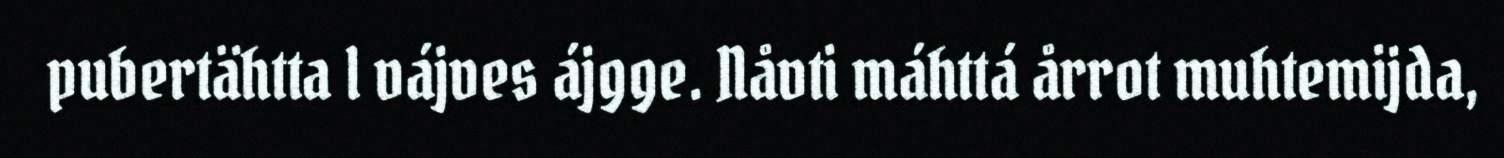
pubertähtta l vájves ájgge. Nåvti máhttá årrot muhtemijda,